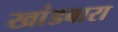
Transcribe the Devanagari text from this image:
खांडबारा